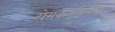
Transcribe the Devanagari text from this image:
रोमकेतुविजया